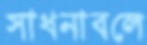
সাধনাবলে